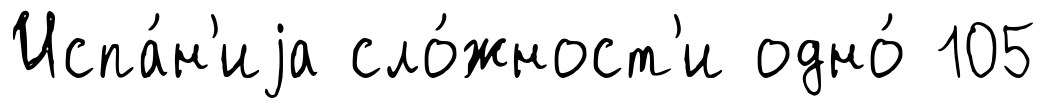
Испа́н'иjа сло́жност'и одно́ 105